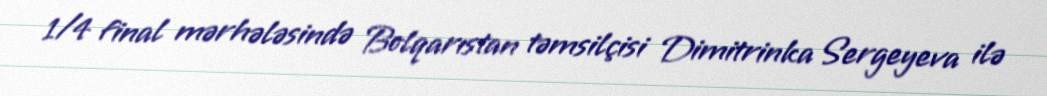
1/4 final mərhələsində Bolqarıstan təmsilçisi Dimitrinka Sergeyeva ilə